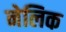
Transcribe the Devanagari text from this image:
नेलिक